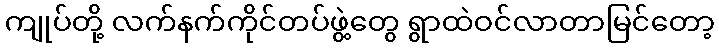
ကျုပ်တို့ လက်နက်ကိုင်တပ်ဖွဲ့တွေ ရွာထဲဝင်လာတာမြင်တော့